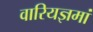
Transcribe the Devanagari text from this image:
वारियज्ञमां